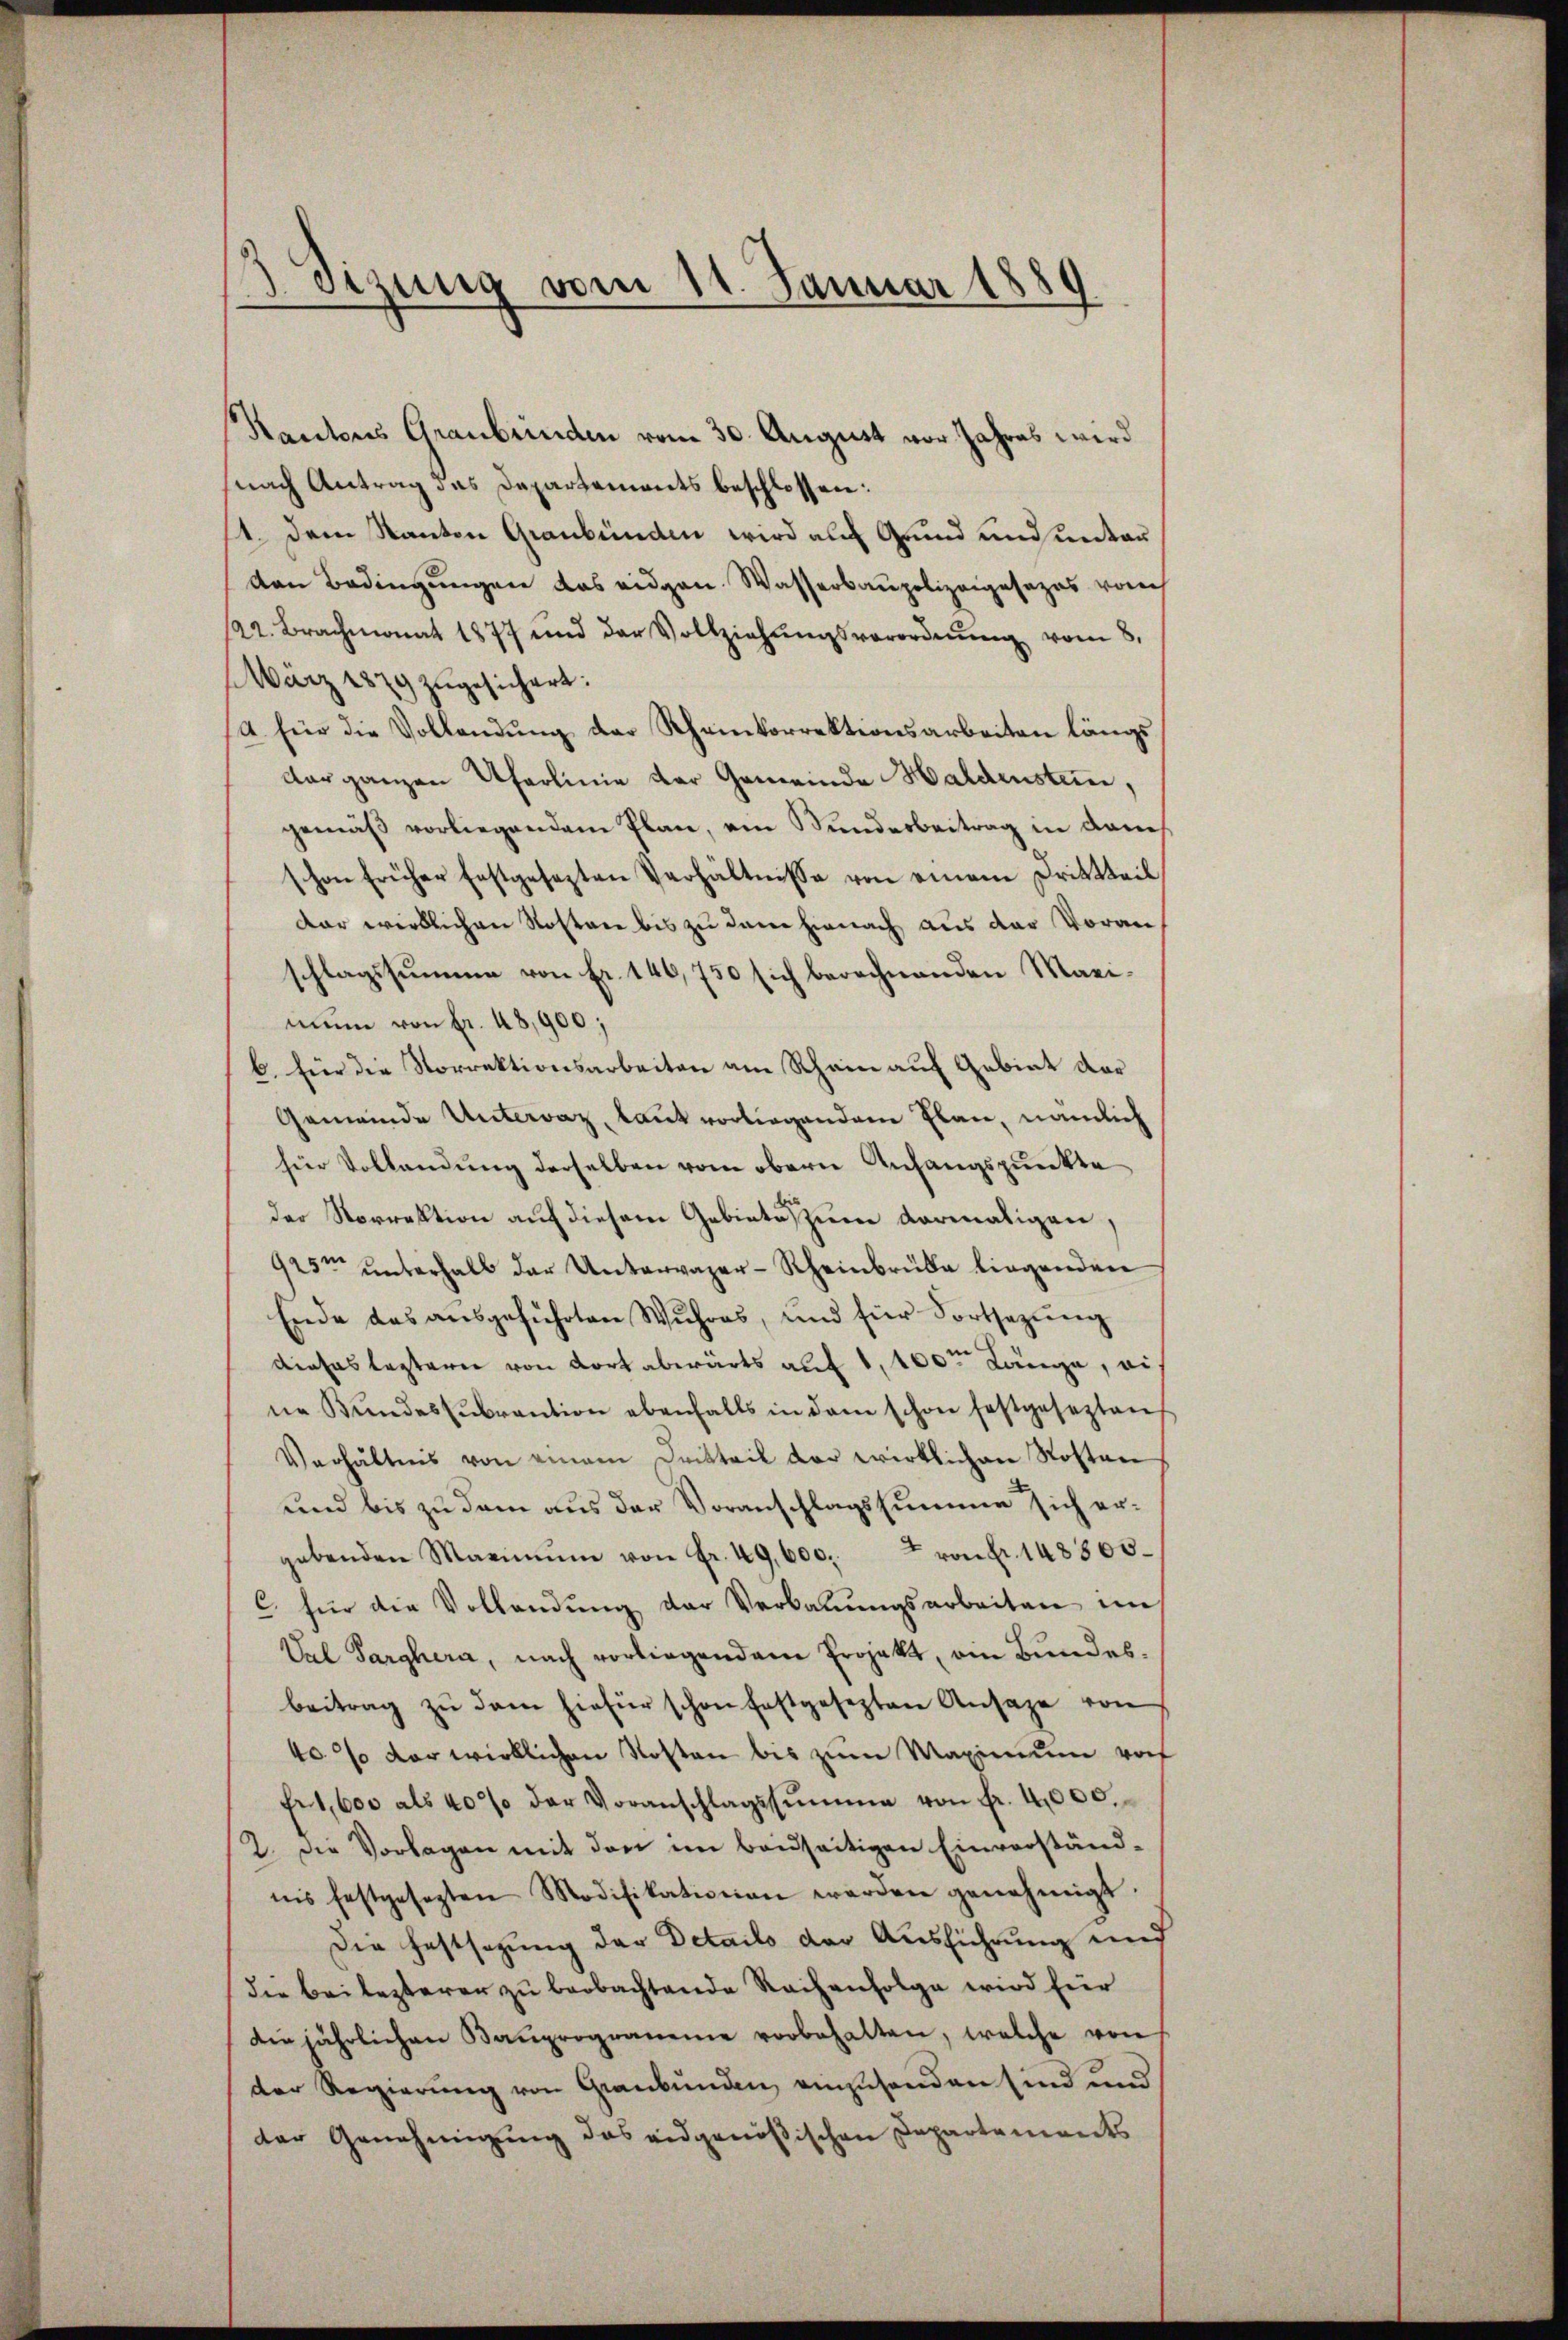
Kantons Graubrinden vom 30. August vor Jahres wird
nach Antrag das Departements beschlossen:
1. Dem Kanton Graubünden wird als Grund und unter
ven Bedingungen das eidgen. Wasserbaupolizeigesezes vom
122. Brachmonat 1877 und der Vollziehŭngsverordnŭng vom 8.
März 1879 zugesichert:
A. für die Vollendung der Rheinkorrektionsarbeiten längs
dar ganzen Uferlinie der Gemeinde Haldenstein,
gemäβ vorliegendem Plan, ein Bundesbeitrag in dam
shon früher festgesezten Verhältnisse von einem Drittteil
Dar wirklichen Rostare bis zu dann hienach aus der Voranschlagssumme von Fr. 140,750 sich berechnenden Maximune von Fr. 48,900;
b. für die Norrektionsarbeiten am Rhein auf Gebiet der
Gemeinde Untervaz, laut vorliegendem Plan, nämlich
für Vollendung derselben vom obern Anfangspunkte
der Norrektion auf diesem Gebiete zum dermaligen,
925m ŭnterhalb der Untervazer-Rheinbrüke liegenden
Ende das ausgeführten Wuhres, und für Fortsezung
dieses leztern von dort abwärts auf 1,100m Länge, ei
ne Bŭndessŭbrantion ebenfalls in dem schon festgesezten
Verhältnis von einem Dritteil der wirklichen Kosten
und bis zu dem aus der Voranschlagssumme sich ergebenden Maximŭm von Fr. 49,600. von Fr. 148300.
C. für die Vollandŭng der Verbaŭŭngsarbeiten im
Val Sarghern, nach vorliegendem Projekt, ein Bundesbeitrag zŭ dem hiefür schon festgesezten Ansage von
40% der wirklichen Kosten bis zum Maximum vorf
Er 1,600 als 40% der Voranschlagssumme von fr. 4,000.
2. Die Vorlagen mit den im beidseitigen Einverständ-
nis festgesezten Modifikationen werden genehmigt.
Die Festsezung der Details der Ausführung und
die bei lezterer zu beobachtende Reihenfolge wird für
der jährlichen Bauprogramme vorbehalten, welche von
der Regierung von Graubünden, einzusenden sind und
der Genehmigung des eidgenößischen Departements

3 Sizung vom 11. Januar 1889